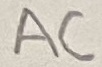
Text: AC